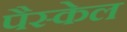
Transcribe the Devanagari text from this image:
पैस्केल